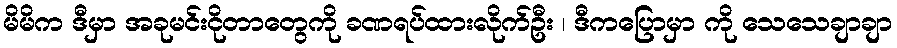
မိမိက ဒီမှာ အခုမင်းငိုတာတွေကို ခဏရပ်ထားလိုက်ဦး ၊ ဒီကပြောမှာ ကို သေသေချာချာ